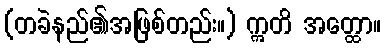
(တခဲနည်၏အဖြစ်တည်း။) ဣတိ အတ္ထော။